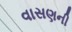
વાસણની